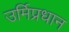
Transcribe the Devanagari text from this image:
उर्मिप्रधान